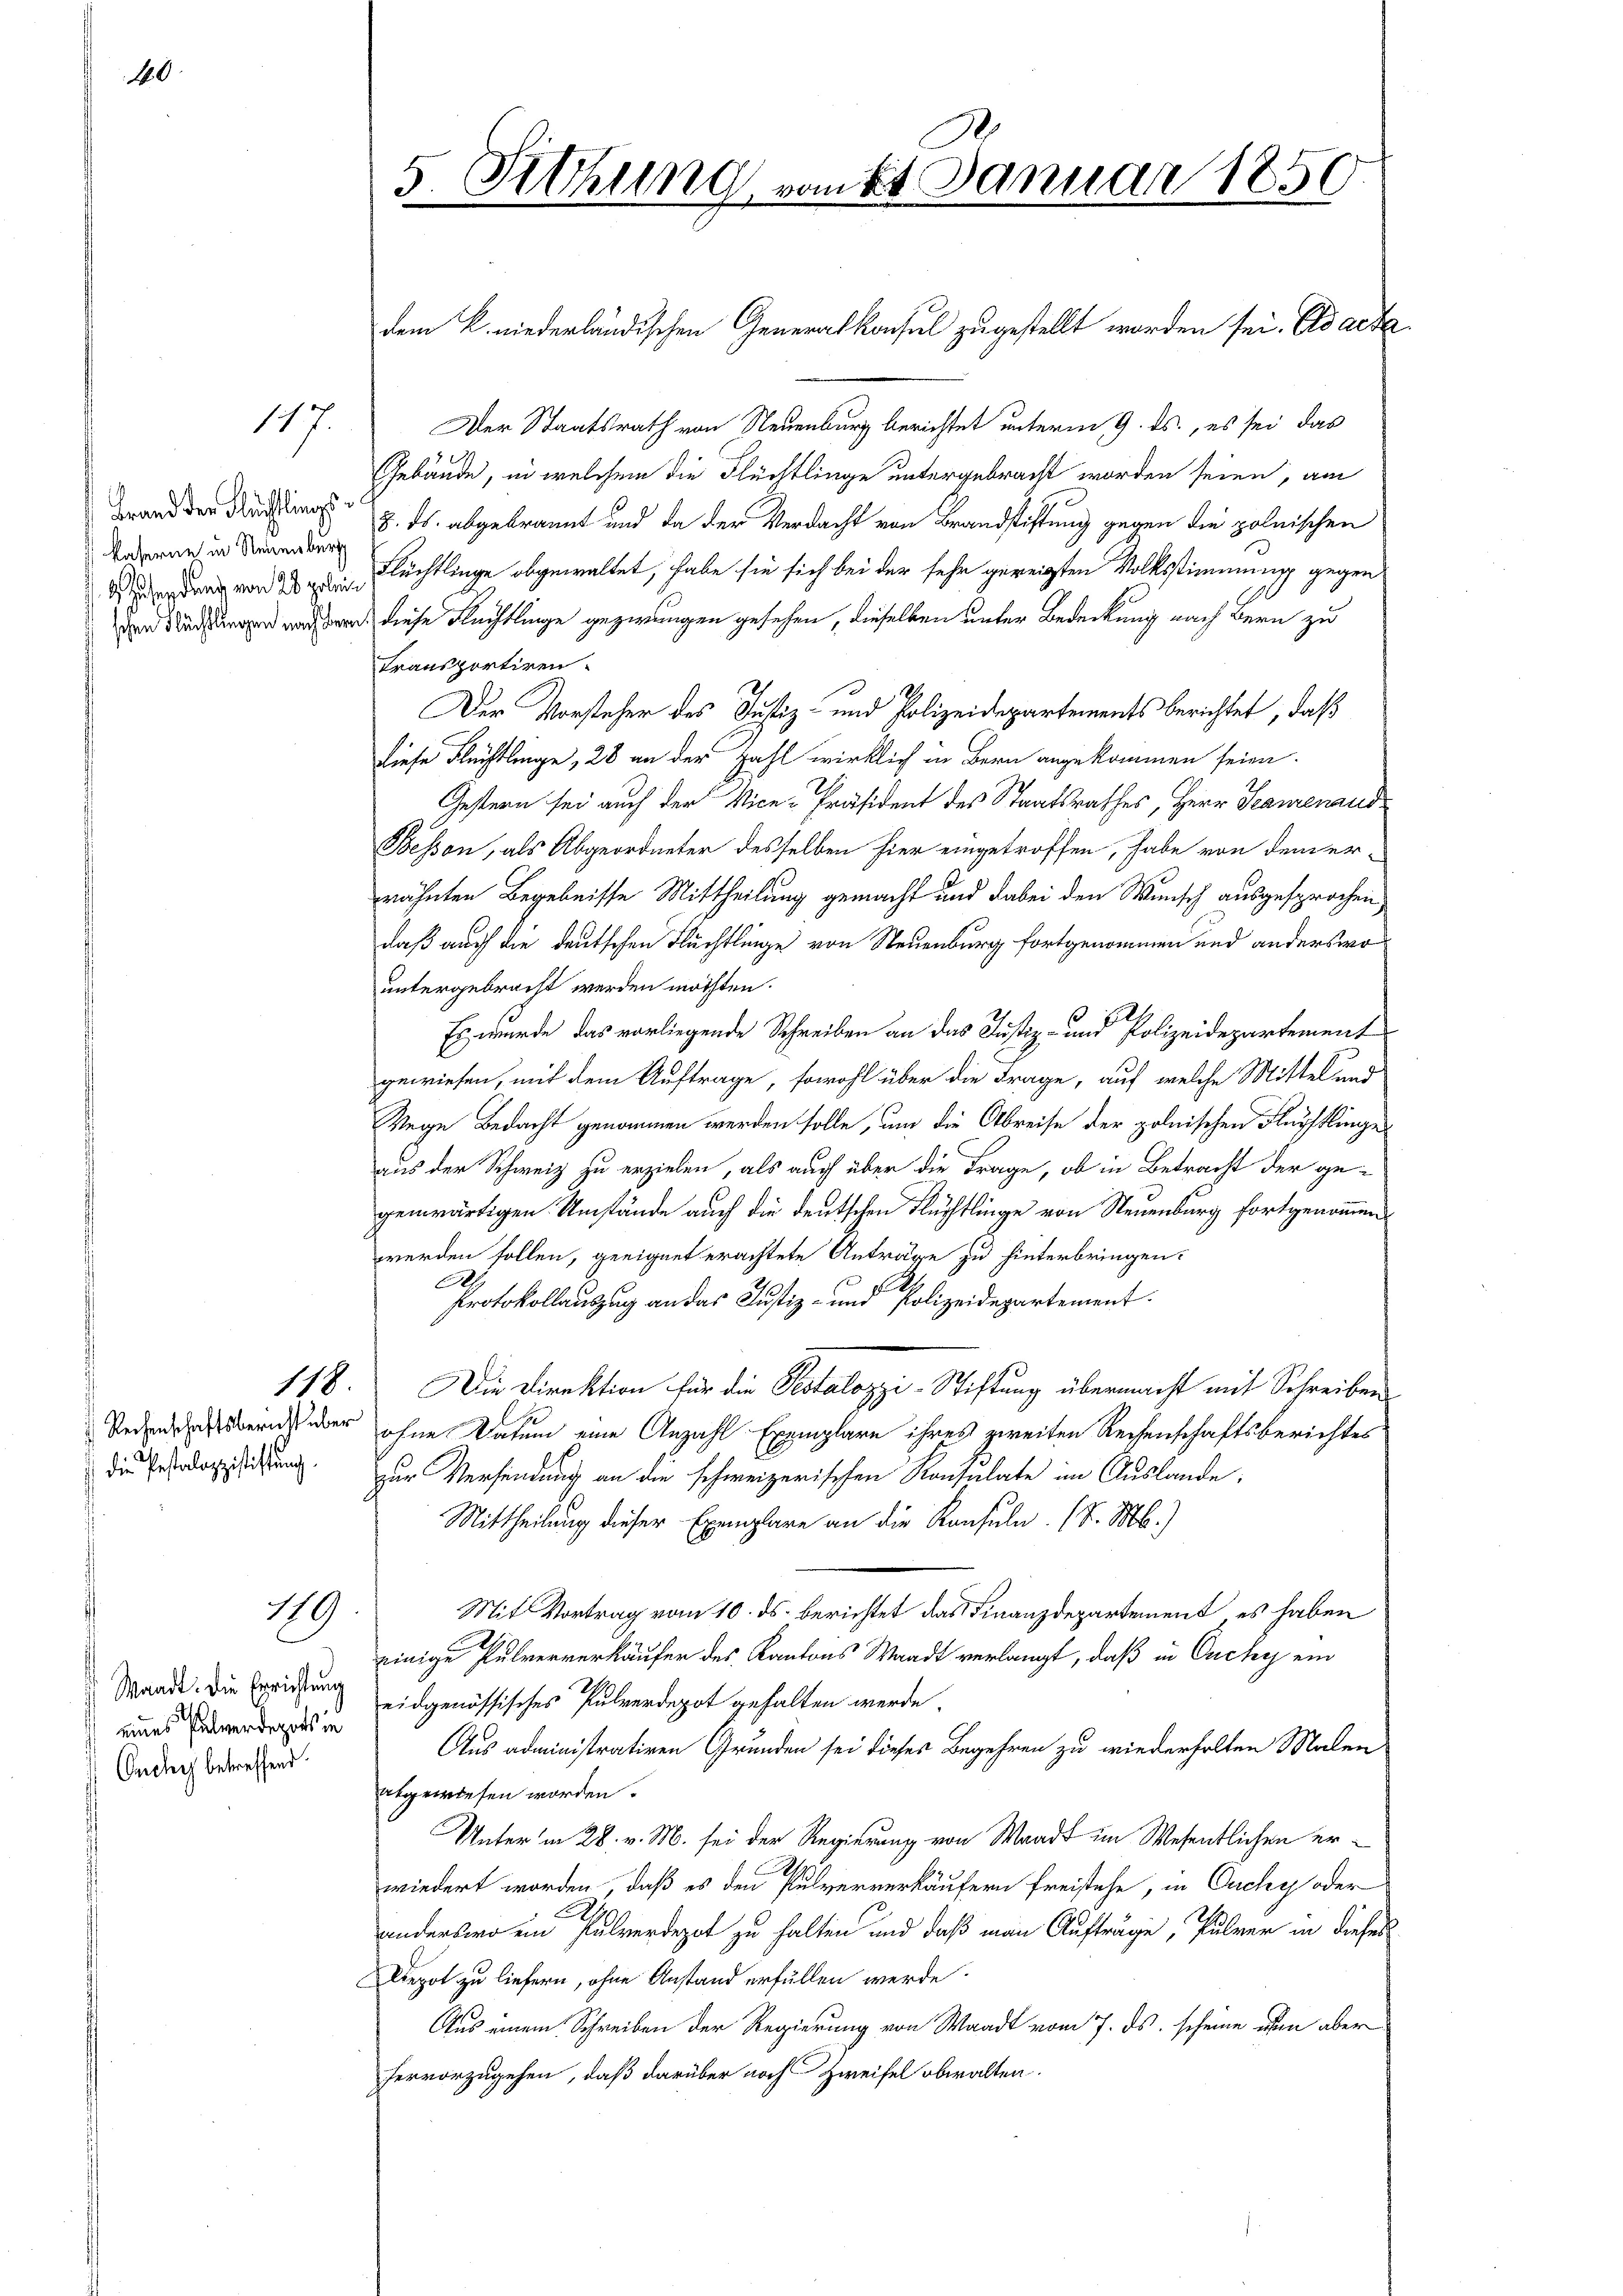
10

Rechenschaftsbericht über
 die Pestalozzistiftung.

117.

Brand der Flüchtlings
kaserne in Neuenburg

119

Waadt. Die Errichtung
eines Entwerdepots in
 Ouchy betreffend.

5. Sitzung vom 24. Januar 1850.

dem K. niederländischen Generalkonsul zugestellt worden sei. Es acta
Der Staatsrath von Neuenburg berichtet unterm 9. ds., es sei das
Gebäude, in welchem die Flüchtlinge untergebracht worden seien, am
8. ds. abgebrannt und da der Verdacht von Brandstiftung gegen die polnischen
Gudachtung von 120 in Flüchtlinge abgewaltet, habe sie sich bei der sehr gereigten Volksstimmung gegen
d Sachen worden diese Rechtlinge gezwungen gesehen, dieselben unter Bedeckung nach Bern zu
Transportiren.
Der Vorsteher des Justiz- und Polizeidepartements berichtet, daß
diese Flüchtlinge, 28 an der Zahl wirklich in Bern angekommen seien.
Gestern sei auch der Vice-Präsident des Staatsrathes, Herr Scanenand
Bessen, als Abgeordneter desselben hier eingetroffen, habe von dem er-
wähnten Begebnisse Mittheilung gemacht und dabei den Wunsch ausgesprochen,
daß auch die deutschen Flüchtlinge von Neuenburg fortgenommen und anderswountergebracht werden möchten.
Es wurde das vorliegende Schreiben an das Justiz- und Polizeidepartement
gewiesen, mit dem Auftrage, sowohl über die Frage, auf welche Mittel und
Wege Bedacht genommen werden solle, um die Abreise der polnischen Fürstlinge
aus der Schweiz zu erzielen, als auch über die Frage, ob in Betracht der gegenwärtigen Umstände auch die deutschen Flüchtlinge von Neuenburg fortgenommen
werden sollen, geeignet erachtete Anträge zu hinterbringen:
A
Protokollauszug an das Justiz- und Polizeidepartement.
118. Die Direktion für die Pestalozzi-Stiftung übermacht mit Schreiben
ohne Datum eine Anzahl Exemplare ihres zweiten Reisenschaftsberichtes
zur Versendung an die schweizerischen Konsulate im Auslande;
Mittheilung dieser Exemplare an die Konsuln. (T. M.)
Mit Vortrag vom 10. ds. berichtet das Finanzdepartement es haben
einige Pulververkäufer des Kantons Waadt verlangt, daß in Ouchy ein
eidgenössisches Pulverdepot gehalten werde.
Aus administrativen Grunden sei dieses Begehren zu wiederholten Malen
abgewiesen worden.
Unter in 28. v. M. sei der Regierung von Waadt im Wesentlichen erwiedert worden, daß es den Pulververkäufern freistehe, in Ouchy oder
anderswo ein Pulverdeget zu halten und daß man Aufträge, Pulver in dieses
Depot zu liefern, ohne Anstand erfüllen werde.
Aus einem Schreiben der Regierung von Waadt vom 7. ds. scheine eben aber
hervorzugehen, daß darüber noch Zweifel obwalten.